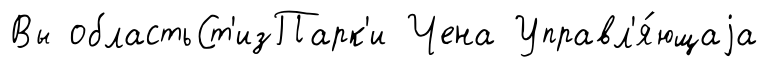
Вы областьСт'изПарк'и Чена Управл'я́ющаjа